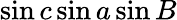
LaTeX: \sin c\sin a\sin B